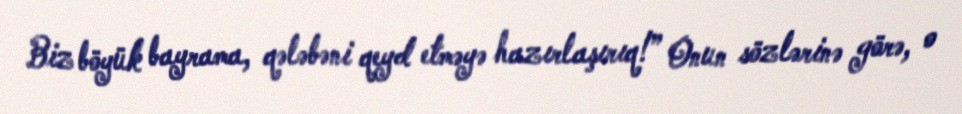
Biz böyük bayrama, qələbəni qeyd etməyə hazırlaşırıq!” Onun sözlərinə görə, o